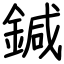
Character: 鍼